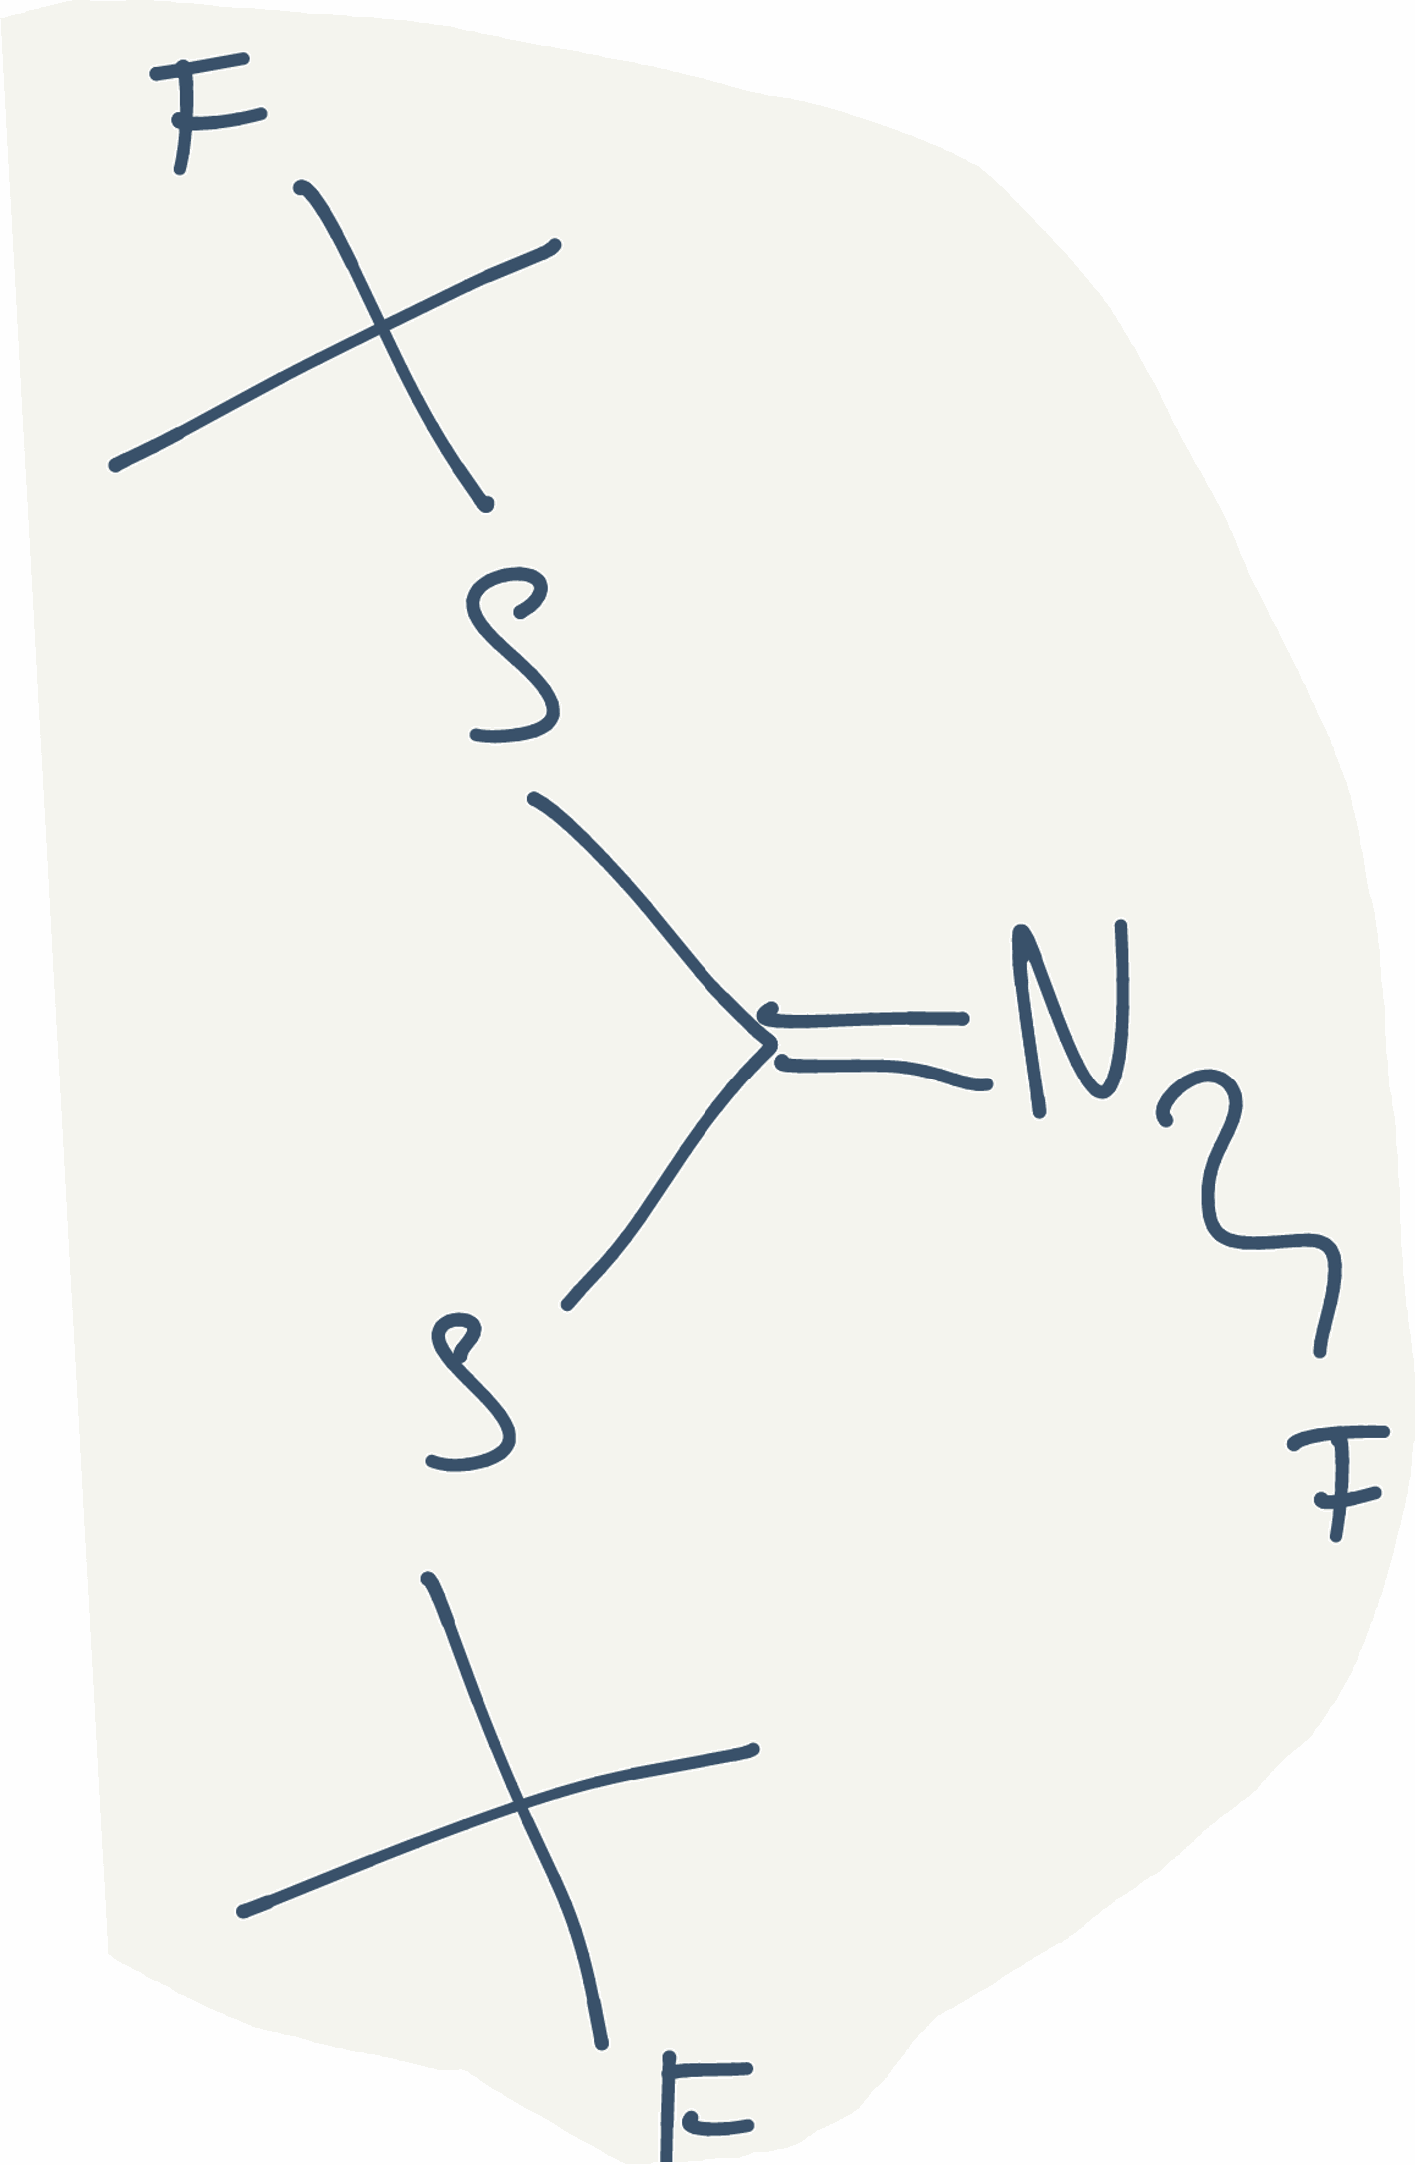
Simplified molecular-input line-entry system (SMILES) notation of the given molecule:
CC(C)(F)SC(=NF)SC(C)(C)F